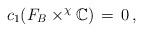
LaTeX: \begin{align*}c_{1}(F_{B}\times^{\chi}{\mathbb{C}})\,=\,0\, ,\end{align*}